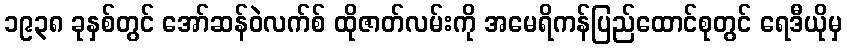
၁၉၃၈ ခုနှစ်တွင် အော်ဆန်ဝဲလက်စ် ထိုဇာတ်လမ်းကို အမေရိကန်ပြည်ထောင်စုတွင် ရေဒီယိုမှ